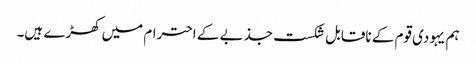
ہم یہودی قوم کے ناقابل شکست جذبے کے احترام میں کھڑے ہیں۔